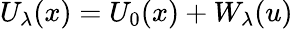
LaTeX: U_{\lambda}(x)=U_{0}(x)+W_{\lambda}(u)